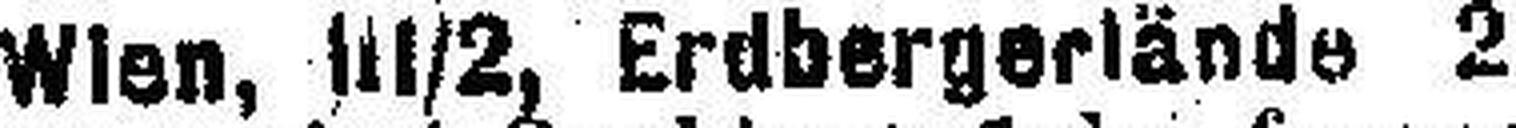
Wien, 11 1/2, Erdbergerlände 2